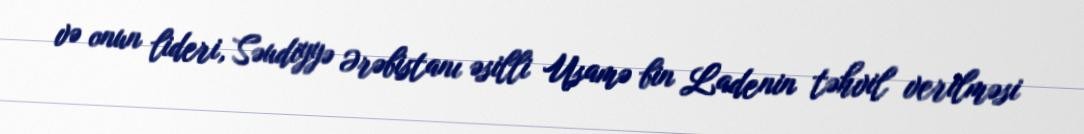
və onun lideri, Səudiyyə Ərəbistanı əsilli Usamə bin Ladenin təhvil verilməsi